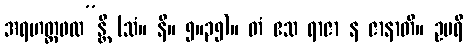
အရဟတ္တဖလ”န္တိ (သံ။ နိ။ ၅။၃၅)။ တံ ဧသ ရာဇာ န ဇာနာတိ။ ဥပရိ